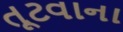
તૂટવાના